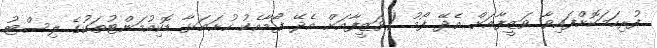
ފުރިހަމަކޮށްފައިވާ ވަޒީފާއަށް އެދޭ ފޯމު (ވަޒީފާއަށް އެދޭ ފޯމާއެކު ހުށައަޅާ ޑޮކިއުމަންޓުތަކުގެ ލިސްޓު